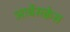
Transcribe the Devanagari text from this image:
आर्बेसक्वेस